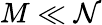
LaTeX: M\ll\mathcal{N}